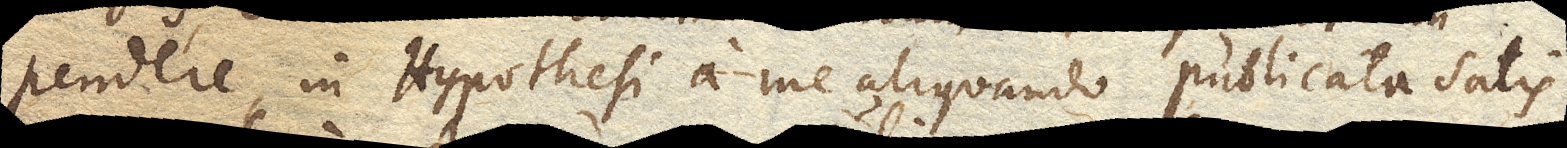
pendere, in Hypothesi a me aliquando publicata satis